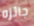
جائزه